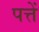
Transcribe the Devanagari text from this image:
पत्तें